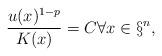
LaTeX: \begin{align*}\frac{u(x)^{1-p}}{K(x)}=C \forall x\in\S^n,\end{align*}